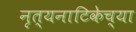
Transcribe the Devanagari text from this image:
नृत्यनाटिकेच्या